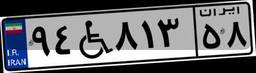
۹۴W۸۱۳۵۸